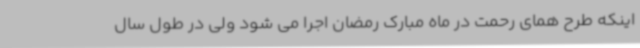
اینکه طرح همای رحمت در ماه مبارک رمضان اجرا می شود ولی در طول سال